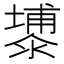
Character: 𮳕